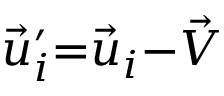
\vec { u } _ { i } ^ { \prime } { = } \vec { u } _ { i } { - } \vec { V }